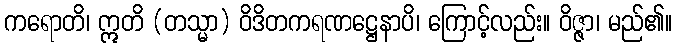
ကရောတိ၊ ဣတိ (တသ္မာ) ဝိဒိတကရဏဋ္ဌေနာပိ၊ ကြောင့်လည်း။ ဝိဇ္ဇာ၊ မည်၏။